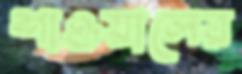
শাওয়ালের